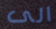
الى